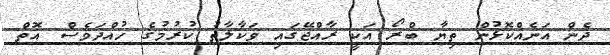
ދެން އަނެއްކޮޅުން ތިޔާ ބްރޯ އަކީ ރާއްޖޭގައި ވަކާލާތު ކުރުމުގެ ހުއްދަވެސް އޮތް